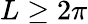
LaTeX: L\ge 2\pi